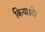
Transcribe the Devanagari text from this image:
किया।देर